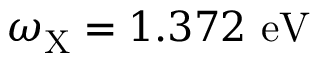
\omega _ { \mathrm { { X } } } = 1 . 3 7 2 ~ \mathrm { { e V } }